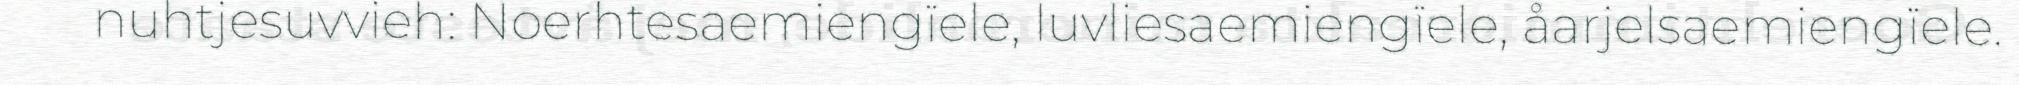
nuhtjesuvvieh: Noerhtesaemiengïele, luvliesaemiengïele, åarjelsaemiengïele.